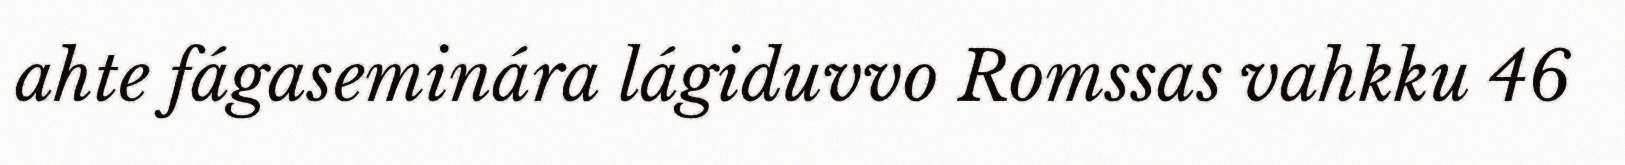
ahte fágaseminára lágiduvvo Romssas vahkku 46